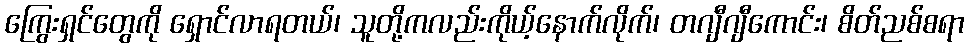
ကြွေးရှင်တွေကို ရှောင်လာရတယ်၊ သူတို့ကလည်းကိုယ့်နောက်လိုက်၊ တဂျီဂျီကောင်း၊ စိတ်ညစ်စရာ